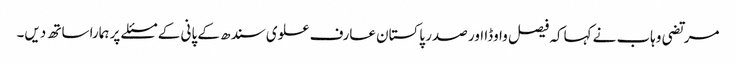
مرتضی وہاب نے کہاکہ فیصل واوڈا اور صدر پاکستان عارف علوی سندھ کے پانی کے مسئلے پر ہمارا ساتھ دیں۔